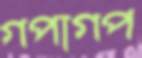
গপাগপ